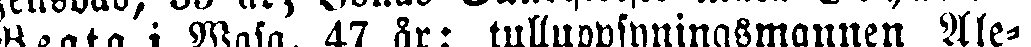
Beata i Wasa, 47 år; tulluppsyningsmannen Ale-